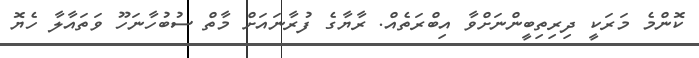
ކޮންމެ މަރަކީ ދިރިތިބީންނަށްވާ އިބްރަތެއް. ރާޔާގެ ފުރާނައަށް މާތް ސުބުހާނަހޫ ވަތައާލާ ހެޔޮ